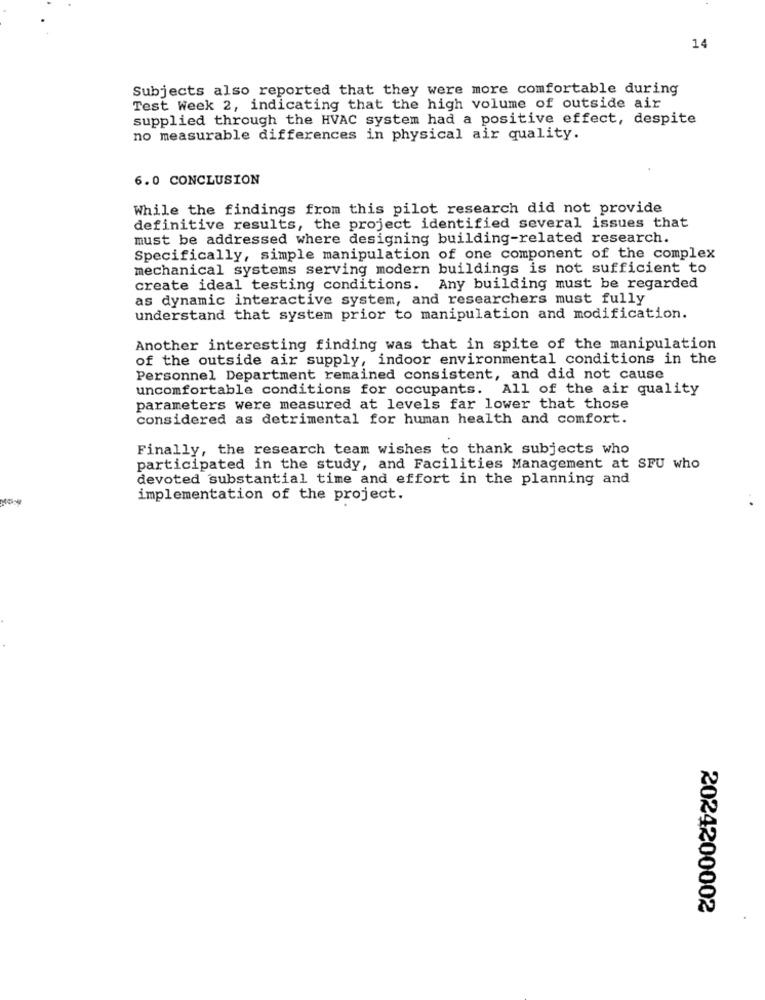
14
Subjects also reported that they were more comfortable during
Test Week 2, indicating that the high volume of outside air
supplied through the HVAC system had a positive effect, despite
no measurable differences in physical air quality.
6.0 CONCLUSION
While the findings from this pilot research did not provide
definitive results, the project identified several issues that
must be addressed where designing building-related research.
Specifically, simple manipulation of one component of the complex
mechanical systems serving modern buildings is not sufficient to
create ideal testing conditions. Any building must be regarded
as dynamic interactive system, and researchers must fully
understand that system prior to manipulation and modification.
Another interesting finding was that in spite of the manipulation
of the outside air supply, indoor environmental conditions in the
Personnel Department remained consistent, and did not cause
uncomfortable conditions for occupants. All of the air quality
parameters were measured at levels far lower that those
considered as detrimental for human health and comfort.
Finally, the research team wishes to thank subjects who
participated in the study, and Facilities Management at SFU who
devoted substantial time and effort in the planning and
implementation of the project.
2024200002